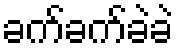
ခက်ခက်ခဲခဲ